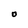
Character: O